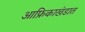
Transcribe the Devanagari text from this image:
आफ्रिकाखंडात